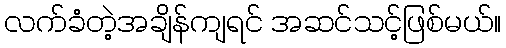
လက်ခံတဲ့အချိန်ကျရင် အဆင်သင့်ဖြစ်မယ်။